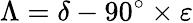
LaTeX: \Lambda=\delta-90^{\circ}\times\varepsilon